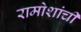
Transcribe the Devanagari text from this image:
रामोशांची